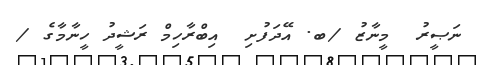
ނަޞީރު  މީނާޒު /ބ. އޭދަފުށި  އިބްރާހިމް ރަޝީދު ހީނާމާގެ /